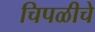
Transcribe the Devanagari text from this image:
चिपळीचे